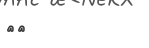
٧٢